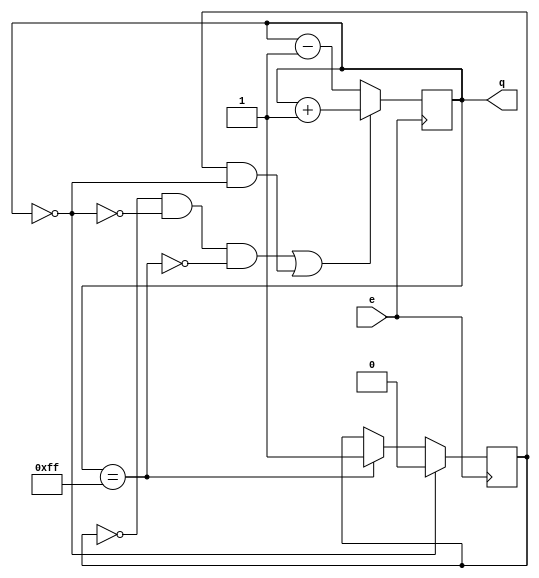
module counter16 #(
	parameter min = 8'h00, 
	parameter max = 8'hFF, 
	parameter init = min 
) (
	input e, 
	output reg [7:0] q
);
	
	initial q = init;

	wire sw_add = q == min;
	wire sw_sub = q == max;
	
	reg op = 1'b0;
	
	wire op_add = (~op & ~sw_add & ~sw_sub) | (op & sw_add);
	
	always @(negedge e) begin
		op <= sw_add ? 1'b0 : (sw_sub ? 1'b1 : op);
		q <= op_add ? (q + 8'h1) : (q - 8'h1);
	end
endmodule